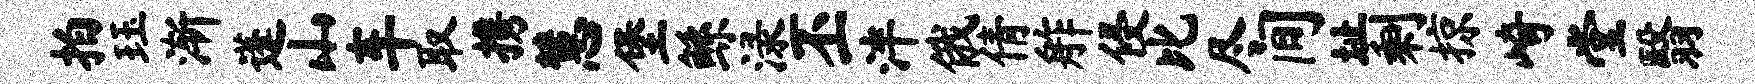
拍珏渐蓬山车取携慧堡鲧渌丕泮俄倩舴侵比尽间址剩掠崎堂翳